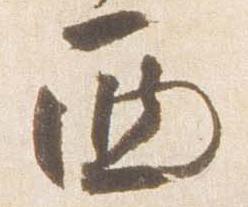
西